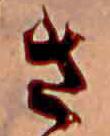
さ